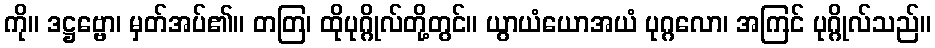
ကို။ ဒဋ္ဌဗ္ဗော၊ မှတ်အပ်၏။ တတြ၊ ထိုပုဂ္ဂိုလ်တို့တွင်။ ယွာယံယောအယံ ပုဂ္ဂလော၊ အကြင် ပုဂ္ဂိုလ်သည်။